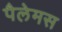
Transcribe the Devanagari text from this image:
पैलेमस